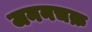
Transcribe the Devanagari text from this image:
जननचक्र